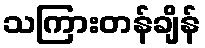
သကြားတန်ချိန်